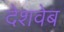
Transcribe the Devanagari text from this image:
देशवेब